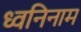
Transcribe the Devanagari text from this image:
ध्वनिनाम